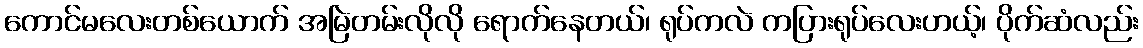
ကောင်မလေးတစ်ယောက် အမြဲတမ်းလိုလို ရောက်နေတယ်၊ ရုပ်ကလဲ ကပြားရုပ်လေးဟယ့်၊ ပိုက်ဆံလည်း